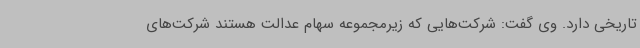
تاریخی دارد. وی گفت: شرکت‌هایی که زیرمجموعه سهام عدالت هستند شرکت‌های